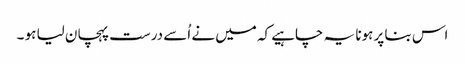
اس بنا پر ہونا یہ چاہیے کہ میں نے اُسے درست پہچان لیا ہو ۔